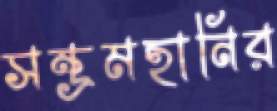
সম্ভ্রমহানির